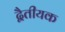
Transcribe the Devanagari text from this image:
द्वैतीयक